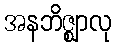
အနဘိဇ္ဈာလု